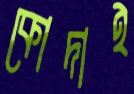
কোদাই